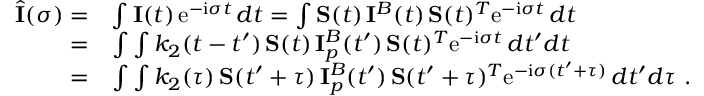
\begin{array} { r l } { \hat { \bf \cal I } ( \sigma ) = } & { \int { \bf \cal I } ( t ) \, \mathrm { e } ^ { - \mathrm { i } \sigma t } \, d t = \int { \bf \cal S } ( t ) \, { \bf \cal I } ^ { B } ( t ) \, { \bf \cal S } ( t ) ^ { T } \mathrm { e } ^ { - \mathrm { i } \sigma t } \, d t } \\ { = } & { \int \int k _ { 2 } ( t - t ^ { \prime } ) \, { \bf \cal S } ( t ) \, { \bf \cal I } _ { p } ^ { B } ( t ^ { \prime } ) \, { \bf \cal S } ( t ) ^ { T } \mathrm { e } ^ { - \mathrm { i } \sigma t } \, d t ^ { \prime } d t } \\ { = } & { \int \int k _ { 2 } ( \tau ) \, { \bf \cal S } ( t ^ { \prime } + \tau ) \, { \bf \cal I } _ { p } ^ { B } ( t ^ { \prime } ) \, { \bf \cal S } ( t ^ { \prime } + \tau ) ^ { T } \mathrm { e } ^ { - \mathrm { i } \sigma ( t ^ { \prime } + \tau ) } \, d t ^ { \prime } d \tau \ . } \end{array}